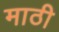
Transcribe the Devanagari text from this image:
माठी